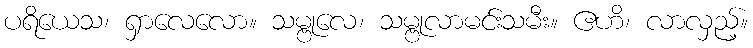
ပရိယေသ၊ ရှာလေလော။ သမ္ဗုလေ၊ သမ္ဗုလာမင်းသမီး။ ဧဟိ၊ လာလှည့်။